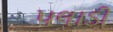
પલાડી